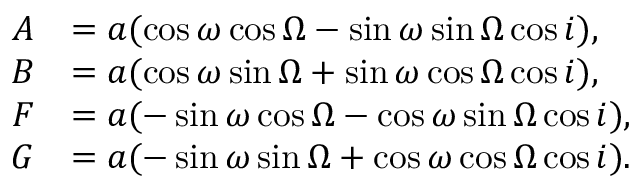
\begin{array} { r l } { A } & { = a ( \cos { \omega } \cos { \Omega } - \sin { \omega } \sin { \Omega } \cos { i } ) , } \\ { B } & { = a ( \cos { \omega } \sin { \Omega } + \sin { \omega } \cos { \Omega } \cos { i } ) , } \\ { F } & { = a ( - \sin { \omega } \cos { \Omega } - \cos { \omega } \sin { \Omega } \cos { i } ) , } \\ { G } & { = a ( - \sin { \omega } \sin { \Omega } + \cos { \omega } \cos { \Omega } \cos { i } ) . } \end{array}